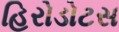
હિરોડોટસ